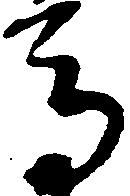
馬